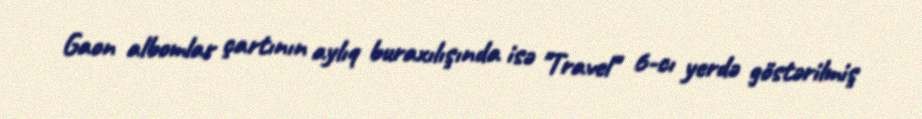
Gaon albomlar çartının aylıq buraxılışında isə "Travel" 6-cı yerdə göstərilmiş